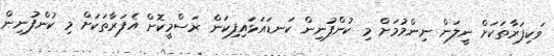
ވަކިފަރާތަކަށް ނީލަން ނިންމުމަށް މި ކުންފުނިން ކަނޑައަޅައިފިކަން ރަސްމީކޮށް އެފަރާތަކަށް މި ކުންފުނިން